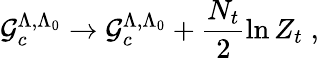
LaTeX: {\cal{G}}_{c}^{\Lambda,\Lambda_{0}}\rightarrow{\cal{G}}_{c}^{\Lambda,\Lambda_{0}}+\frac{N_{t}}{2}\ln Z_{t}\; ,